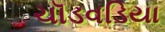
ચૉડવડિયા